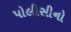
પોલીસીનો